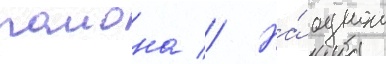
раиона // На́ однои